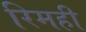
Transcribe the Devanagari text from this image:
रिमही